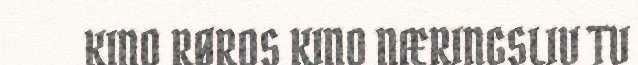
KINO RØROS KINO NÆRINGSLIV TV